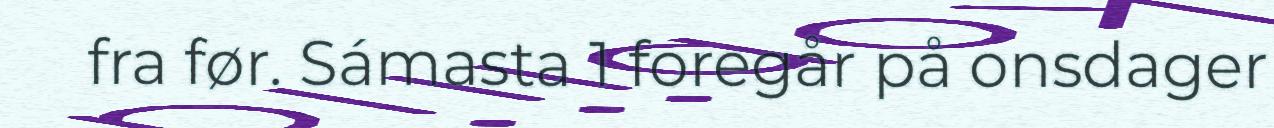
fra før. Sámasta 1 foregår på onsdager